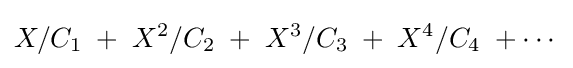
X/C_{1}\;+\;X^{2}/C_{2}\;+\;X^{3}/C_{3}\;+\;X^{4}/C_{4}\;+\cdots